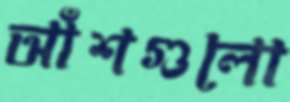
আঁশগুলো